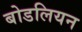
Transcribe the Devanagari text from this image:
बोडलियन